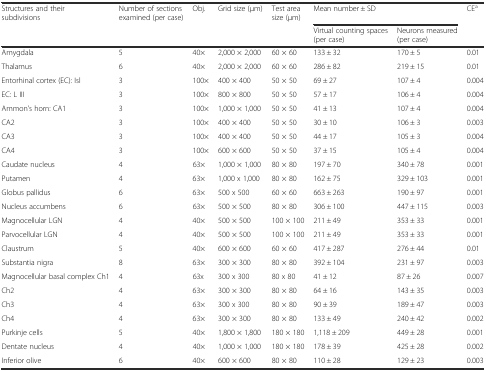
<table><thead><tr><td><b>Structures and their subdivisions</b></td><td><b>Number of sections examined (per case)</b></td><td><b>Obj.</b></td><td><b>Grid size (μm)</b></td><td><b>Test area size (μm)</b></td><td colspan="2"><b>Mean number ± SD</b></td><td><b>CE<sup>a</sup></b></td></tr><tr><td></td><td></td><td></td><td></td><td></td><td><b>Virtual counting spaces (per case)</b></td><td><b>Neurons measured (per case)</b></td><td></td></tr></thead><tbody><tr><td>Amygdala</td><td>5</td><td>40×</td><td>2,000 × 2,000</td><td>60 × 60</td><td>133 ± 32</td><td>170 ± 5</td><td>0.01</td></tr><tr><td>Thalamus</td><td>6</td><td>40×</td><td>2,000 × 2,000</td><td>60 × 60</td><td>286 ± 82</td><td>219 ± 15</td><td>0.01</td></tr><tr><td>Entorhinal cortex (EC): Isl</td><td>3</td><td>100×</td><td>400 × 400</td><td>50 × 50</td><td>69 ± 27</td><td>107 ± 4</td><td>0.004</td></tr><tr><td>EC: L III</td><td>3</td><td>100×</td><td>800 × 800</td><td>50 × 50</td><td>57 ± 17</td><td>106 ± 4</td><td>0.004</td></tr><tr><td>Ammon’s horn: CA1</td><td>3</td><td>100×</td><td>1,000 × 1,000</td><td>50 × 50</td><td>41 ± 13</td><td>107 ± 4</td><td>0.004</td></tr><tr><td>CA2</td><td>3</td><td>100×</td><td>400 × 400</td><td>50 × 50</td><td>30 ± 10</td><td>106 ± 3</td><td>0.003</td></tr><tr><td>CA3</td><td>3</td><td>100×</td><td>400 × 400</td><td>50 × 50</td><td>44 ± 17</td><td>105 ± 3</td><td>0.004</td></tr><tr><td>CA4</td><td>3</td><td>100×</td><td>600 × 600</td><td>50 × 50</td><td>37 ± 15</td><td>105 ± 4</td><td>0.004</td></tr><tr><td>Caudate nucleus</td><td>4</td><td>63×</td><td>1,000 × 1,000</td><td>80 × 80</td><td>197 ± 70</td><td>340 ± 78</td><td>0.001</td></tr><tr><td>Putamen</td><td>4</td><td>63×</td><td>1,000 x 1,000</td><td>80 × 80</td><td>162 ± 75</td><td>329 ± 103</td><td>0.001</td></tr><tr><td>Globus pallidus</td><td>6</td><td>63×</td><td>500 x 500</td><td>60 × 60</td><td>663 ± 263</td><td>190 ± 97</td><td>0.001</td></tr><tr><td>Nucleus accumbens</td><td>6</td><td>63×</td><td>500 × 500</td><td>80 × 80</td><td>306 ± 100</td><td>447 ± 115</td><td>0.003</td></tr><tr><td>Magnocellular LGN</td><td>4</td><td>40×</td><td>500 × 500</td><td>100 × 100</td><td>211 ± 49</td><td>353 ± 33</td><td>0.001</td></tr><tr><td>Parvocellular LGN</td><td>4</td><td>40×</td><td>500 × 500</td><td>100 × 100</td><td>211 ± 49</td><td>353 ± 33</td><td>0.001</td></tr><tr><td>Claustrum</td><td>5</td><td>40×</td><td>600 × 600</td><td>60 × 60</td><td>417 ± 287</td><td>276 ± 44</td><td>0.01</td></tr><tr><td>Substantia nigra</td><td>8</td><td>63×</td><td>300 × 300</td><td>80 × 80</td><td>392 ± 104</td><td>231 ± 97</td><td>0.003</td></tr><tr><td>Magnocellular basal complex Ch1</td><td>4</td><td>63x</td><td>300 x 300</td><td>80 x 80</td><td>41 ± 12</td><td>87 ± 26</td><td>0.007</td></tr><tr><td>Ch2</td><td>4</td><td>63×</td><td>300 × 300</td><td>80 × 80</td><td>64 ± 16</td><td>143 ± 35</td><td>0.003</td></tr><tr><td>Ch3</td><td>4</td><td>63×</td><td>300 x 300</td><td>80 × 80</td><td>90 ± 39</td><td>189 ± 47</td><td>0.003</td></tr><tr><td>Ch4</td><td>4</td><td>63×</td><td>300 × 300</td><td>80 × 80</td><td>133 ± 49</td><td>240 ± 42</td><td>0.002</td></tr><tr><td>Purkinje cells</td><td>5</td><td>40×</td><td>1,800 × 1,800</td><td>180 × 180</td><td>1,118 ± 209</td><td>449 ± 28</td><td>0.001</td></tr><tr><td>Dentate nucleus</td><td>4</td><td>40×</td><td>1,000 × 1,000</td><td>180 × 180</td><td>178 ± 39</td><td>425 ± 28</td><td>0.002</td></tr><tr><td>Inferior olive</td><td>6</td><td>40×</td><td>600 × 600</td><td>80 × 80</td><td>110 ± 28</td><td>129 ± 23</td><td>0.003</td></tr></tbody></table>